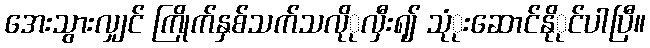
အေးသွားလျှင် ကြိုက်နှစ်သက်သလိုုလှီးရျ် သုုံးဆောင်နိုုင်ပါပြီ။